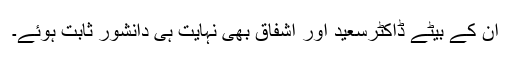
ان کے بیٹے ڈاکٹرسعید اور اشفاق بھی نہایت ہی دانشور ثابت ہوئے۔